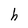
Character: h